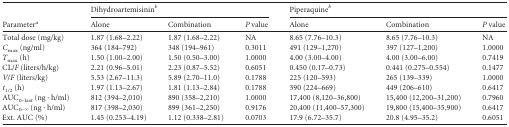
<table><thead><tr><td rowspan="2"><b>Parameter<sup><i>a</i></sup></b></td><td colspan="3"><b>Dihydroartemisinin<sup><i>b</i></sup></b></td><td colspan="3"><b>Piperaquine<sup><i>b</i></sup></b></td></tr><tr><td><b>Alone</b></td><td><b>Combination</b></td><td><b><i>P</i> value</b></td><td><b>Alone</b></td><td><b>Combination</b></td><td><b><i>P</i> value</b></td></tr></thead><tbody><tr><td>Total dose (mg/kg)</td><td>1.87 (1.68–2.22)</td><td>1.87 (1.68–2.22)</td><td>NA</td><td>8.65 (7.76–10.3)</td><td>8.65 (7.76–10.3)</td><td>NA</td></tr><tr><td><i>C</i><sub>max</sub> (ng/ml)</td><td>364 (184–792)</td><td>348 (194–961)</td><td>0.3011</td><td>491 (129–1,270)</td><td>397 (127–1,200)</td><td>1.0000</td></tr><tr><td><i>T</i><sub>max</sub> (h)</td><td>1.50 (1.00–2.00)</td><td>1.50 (0.50–3.00)</td><td>1.0000</td><td>4.00 (3.00–4.00)</td><td>4.00 (3.00–6.00)</td><td>0.7419</td></tr><tr><td>CL/<i>F</i> (liters/h/kg)</td><td>2.21 (0.96–5.01)</td><td>2.23 (0.87–5.52)</td><td>0.6051</td><td>0.450 (0.17–0.73)</td><td>0.441 (0.275–0.554)</td><td>0.1477</td></tr><tr><td><i>V</i>/<i>F</i> (liters/kg)</td><td>5.53 (2.67–11.3)</td><td>5.89 (2.70–11.0)</td><td>0.1788</td><td>225 (120–593)</td><td>265 (139–339)</td><td>1.0000</td></tr><tr><td><i>t</i><sub>1/2</sub> (h)</td><td>1.97 (1.13–2.67)</td><td>1.81 (1.13–2.84)</td><td>0.1788</td><td>390 (224–669)</td><td>449 (206–610)</td><td>0.6417</td></tr><tr><td>AUC<sub>0–last</sub> (ng · h/ml)</td><td>812 (394–2,010)</td><td>890 (358–2,210)</td><td>1.0000</td><td>17,400 (8,120–36,800)</td><td>15,400 (12,200–31,200)</td><td>0.7960</td></tr><tr><td>AUC<sub>0–∞</sub> (ng · h/ml)</td><td>817 (398–2,030)</td><td>899 (361–2,250)</td><td>0.9176</td><td>20,400 (11,400–57,300)</td><td>19,800 (15,400–35,900)</td><td>0.6417</td></tr><tr><td>Ext. AUC (%)</td><td>1.45 (0.253–4.19)</td><td>1.12 (0.338–2.81)</td><td>0.0703</td><td>17.9 (6.72–35.7)</td><td>20.8 (4.95–35.2)</td><td>0.6051</td></tr></tbody></table>